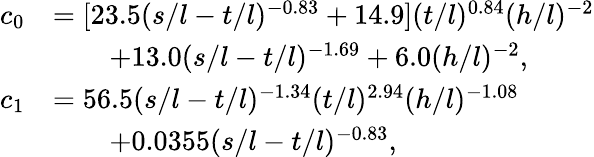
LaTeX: \begin{array}{rl}{c_{0}}&{=[23.5(s/l-t/l)^{-0.83}+14.9](t/l)^{0.84}(h/l)^{-2}}\\ &{\qquad+13.0(s/l-t/l)^{-1.69}+6.0(h/l)^{-2},}\\ {c_{1}}&{=56.5(s/l-t/l)^{-1.34}(t/l)^{2.94}(h/l)^{-1.08}}\\ &{\qquad+0.0355(s/l-t/l)^{-0.83},}\end{array}